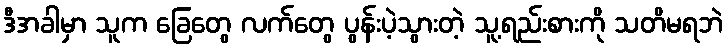
ဒီအခါမှာ သူက ခြေတွေ လက်တွေ ပွန်းပဲ့သွားတဲ့ သူ့ရည်းစားကို သတိမရဘဲ